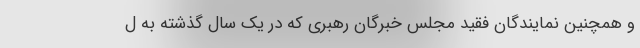
و همچنین نمایندگان فقید مجلس خبرگان رهبری که در یک سال گذشته به ل